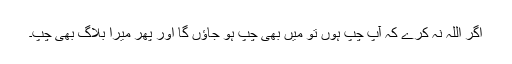
اگر اللہ نہ کرے کہ آپ چپ ہوں تو میں بھی چپ ہو جاؤں گا اور پھر میرا بلاگ بھی چپ۔